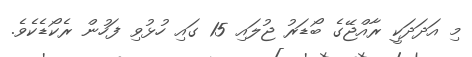
މި އަދަދަކީ ރާއްޖޭގެ ބޯޑަރު ޖުލައި 15 ގައި ހުޅުވި ފަހުން ރެކޯޑެކެވެ.